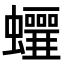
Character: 𧕁